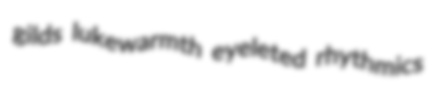
gilds lukewarmth eyeleted rhythmics